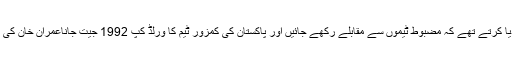
سنجے منجریکر کا کہناہے کہ فائٹرکپتان اورمثالی آل راؤنڈرعمران خان اپنے کرکٹ بورڈ پر زور دیا کرتے تھے کہ مضبوط ٹیموں سے مقابلے رکھے جائیں اور پاکستان کی کمزور ٹیم کا ورلڈ کپ 1992 جیت جاناعمران خان کی اسی سوچ کا نتیجہ تھا ، منجریکر نے کہا کوہلی کو بی سی سی آئی سے ایسا ہی مطالبہ کرنا چاہئے ۔